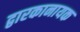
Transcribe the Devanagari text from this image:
द्वारकानायक